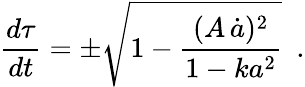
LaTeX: \frac{d\tau}{dt}=\pm\sqrt{1-\frac{(A\, \dot{a})^{2}}{1-ka^{2}}}\, \, \, .